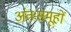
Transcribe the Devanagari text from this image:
अंतःसमूहों